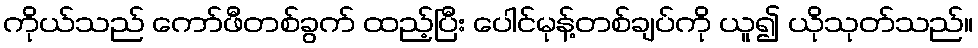
ကိုယ်သည် ကော်ဖီတစ်ခွက် ထည့်ပြီး ပေါင်မုန့်တစ်ချပ်ကို ယူ၍ ယိုသုတ်သည်။